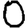
Digit: 0